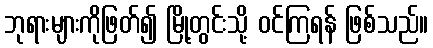
ဘုရားများကိုဖြတ်၍ မြို့တွင်းသို့ ဝင်ကြရန် ဖြစ်သည်။